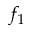
f _ { 1 }